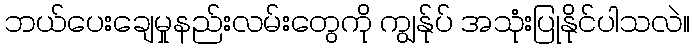
ဘယ်ပေးချေမှုနည်းလမ်းတွေကို ကျွန်ုပ် အသုံးပြုနိုင်ပါသလဲ။